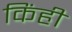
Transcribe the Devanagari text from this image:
किंही